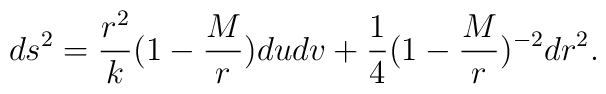
ds^2= {r^2 \over k}( 1 -{ M \over r}) du dv  + {1 \over 4}( 1 -{ M \over r})^{-2}dr^2.